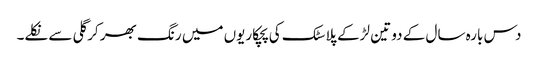
دس بارہ سال کے دو تین لڑکے پلاسٹک کی پچکاریوں میں رنگ بھر کر گلی سے نکلے۔